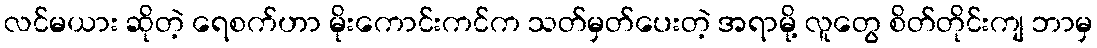
လင်မယား ဆိုတဲ့ ရေစက်ဟာ မိုးကောင်းကင်က သတ်မှတ်ပေးတဲ့ အရာမို့ လူတွေ စိတ်တိုင်းကျ ဘာမှ